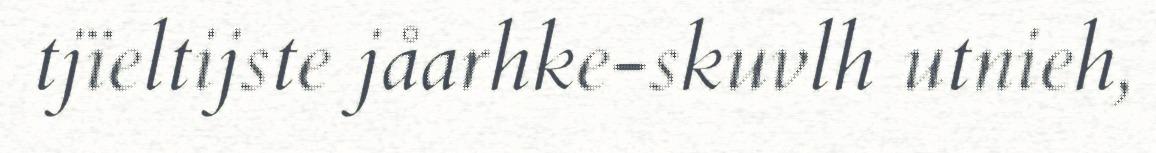
tjïeltijste jåarhke-skuvlh utnieh,